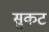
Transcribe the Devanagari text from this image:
सुकट